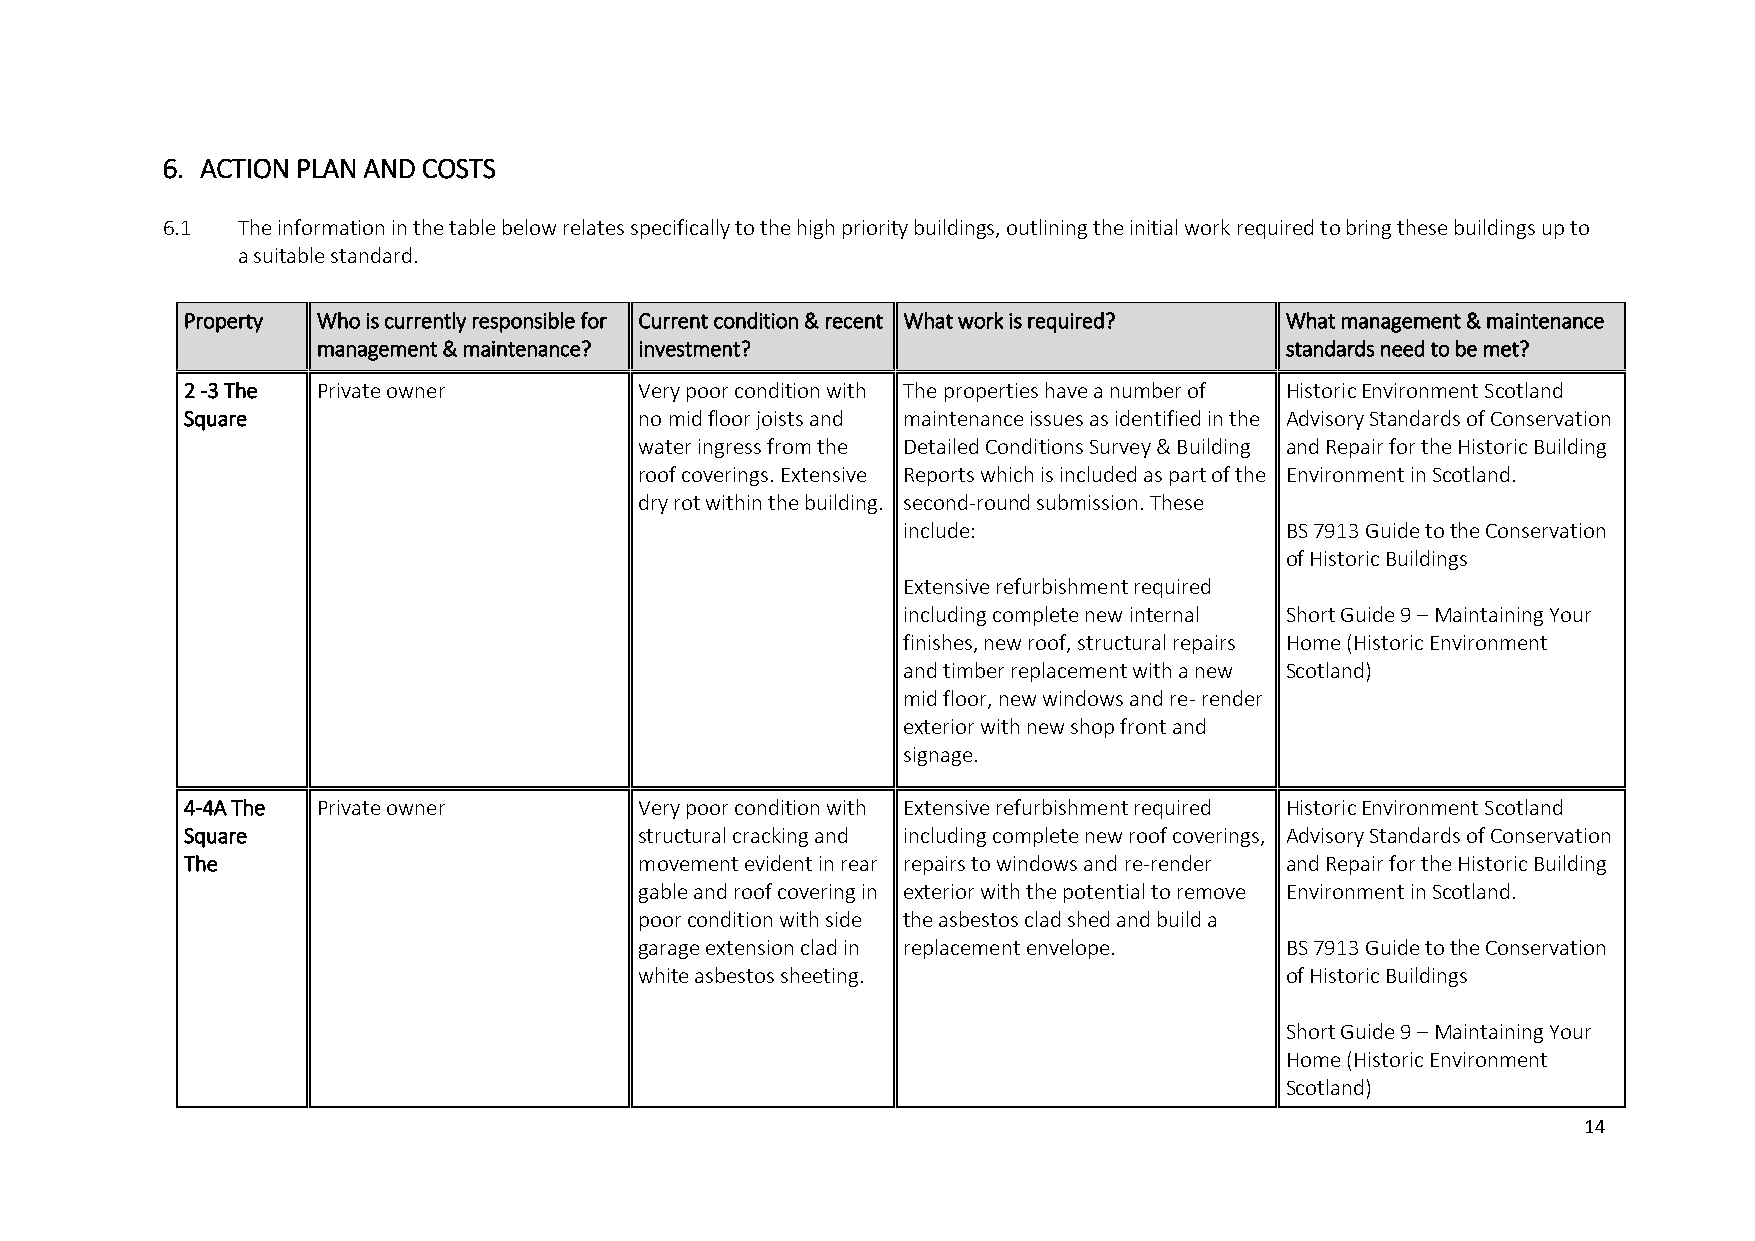
6. ACTION PLAN AND COSTS
 6.1  The information in the table below relates specifically to the high priority buildings, outlining the initial work required to bring these buildings up to
 a suitable standard.
 Property Who is currently responsible for Current condition & recent What work is required? What management & maintenance
 management & maintenance? investment?                           standards need to be met?
 2 -3 The Private owner        Very poor condition with The properties have a number of Historic Environment Scotland
 Square                        no mid floor joists and maintenance issues as identified in the Advisory Standards of Conservation
 water ingress from the Detailed Conditions Survey & Building and Repair for the Historic Building
 roof coverings. Extensive Reports which is included as part of the Environment in Scotland.
 dry rot within the building. second-round submission. These
 include:                 BS 7913 Guide to the Conservation
 of Historic Buildings
 Extensive refurbishment required
 including complete new internal Short Guide 9 – Maintaining Your
 finishes, new roof, structural repairs Home (Historic Environment
 and timber replacement with a new Scotland)
 mid floor, new windows and re- render
 exterior with new shop front and
 signage.
 4-4A The Private owner        Very poor condition with Extensive refurbishment required Historic Environment Scotland
 Square                        structural cracking and including complete new roof coverings, Advisory Standards of Conservation
 The                           movement evident in rear repairs to windows and re-render and Repair for the Historic Building
 gable and roof covering in exterior with the potential to remove Environment in Scotland.
 poor condition with side the asbestos clad shed and build a
 garage extension clad in replacement envelope. BS 7913 Guide to the Conservation
 white asbestos sheeting.                   of Historic Buildings
 Short Guide 9 – Maintaining Your
 Home (Historic Environment
 Scotland)
 14